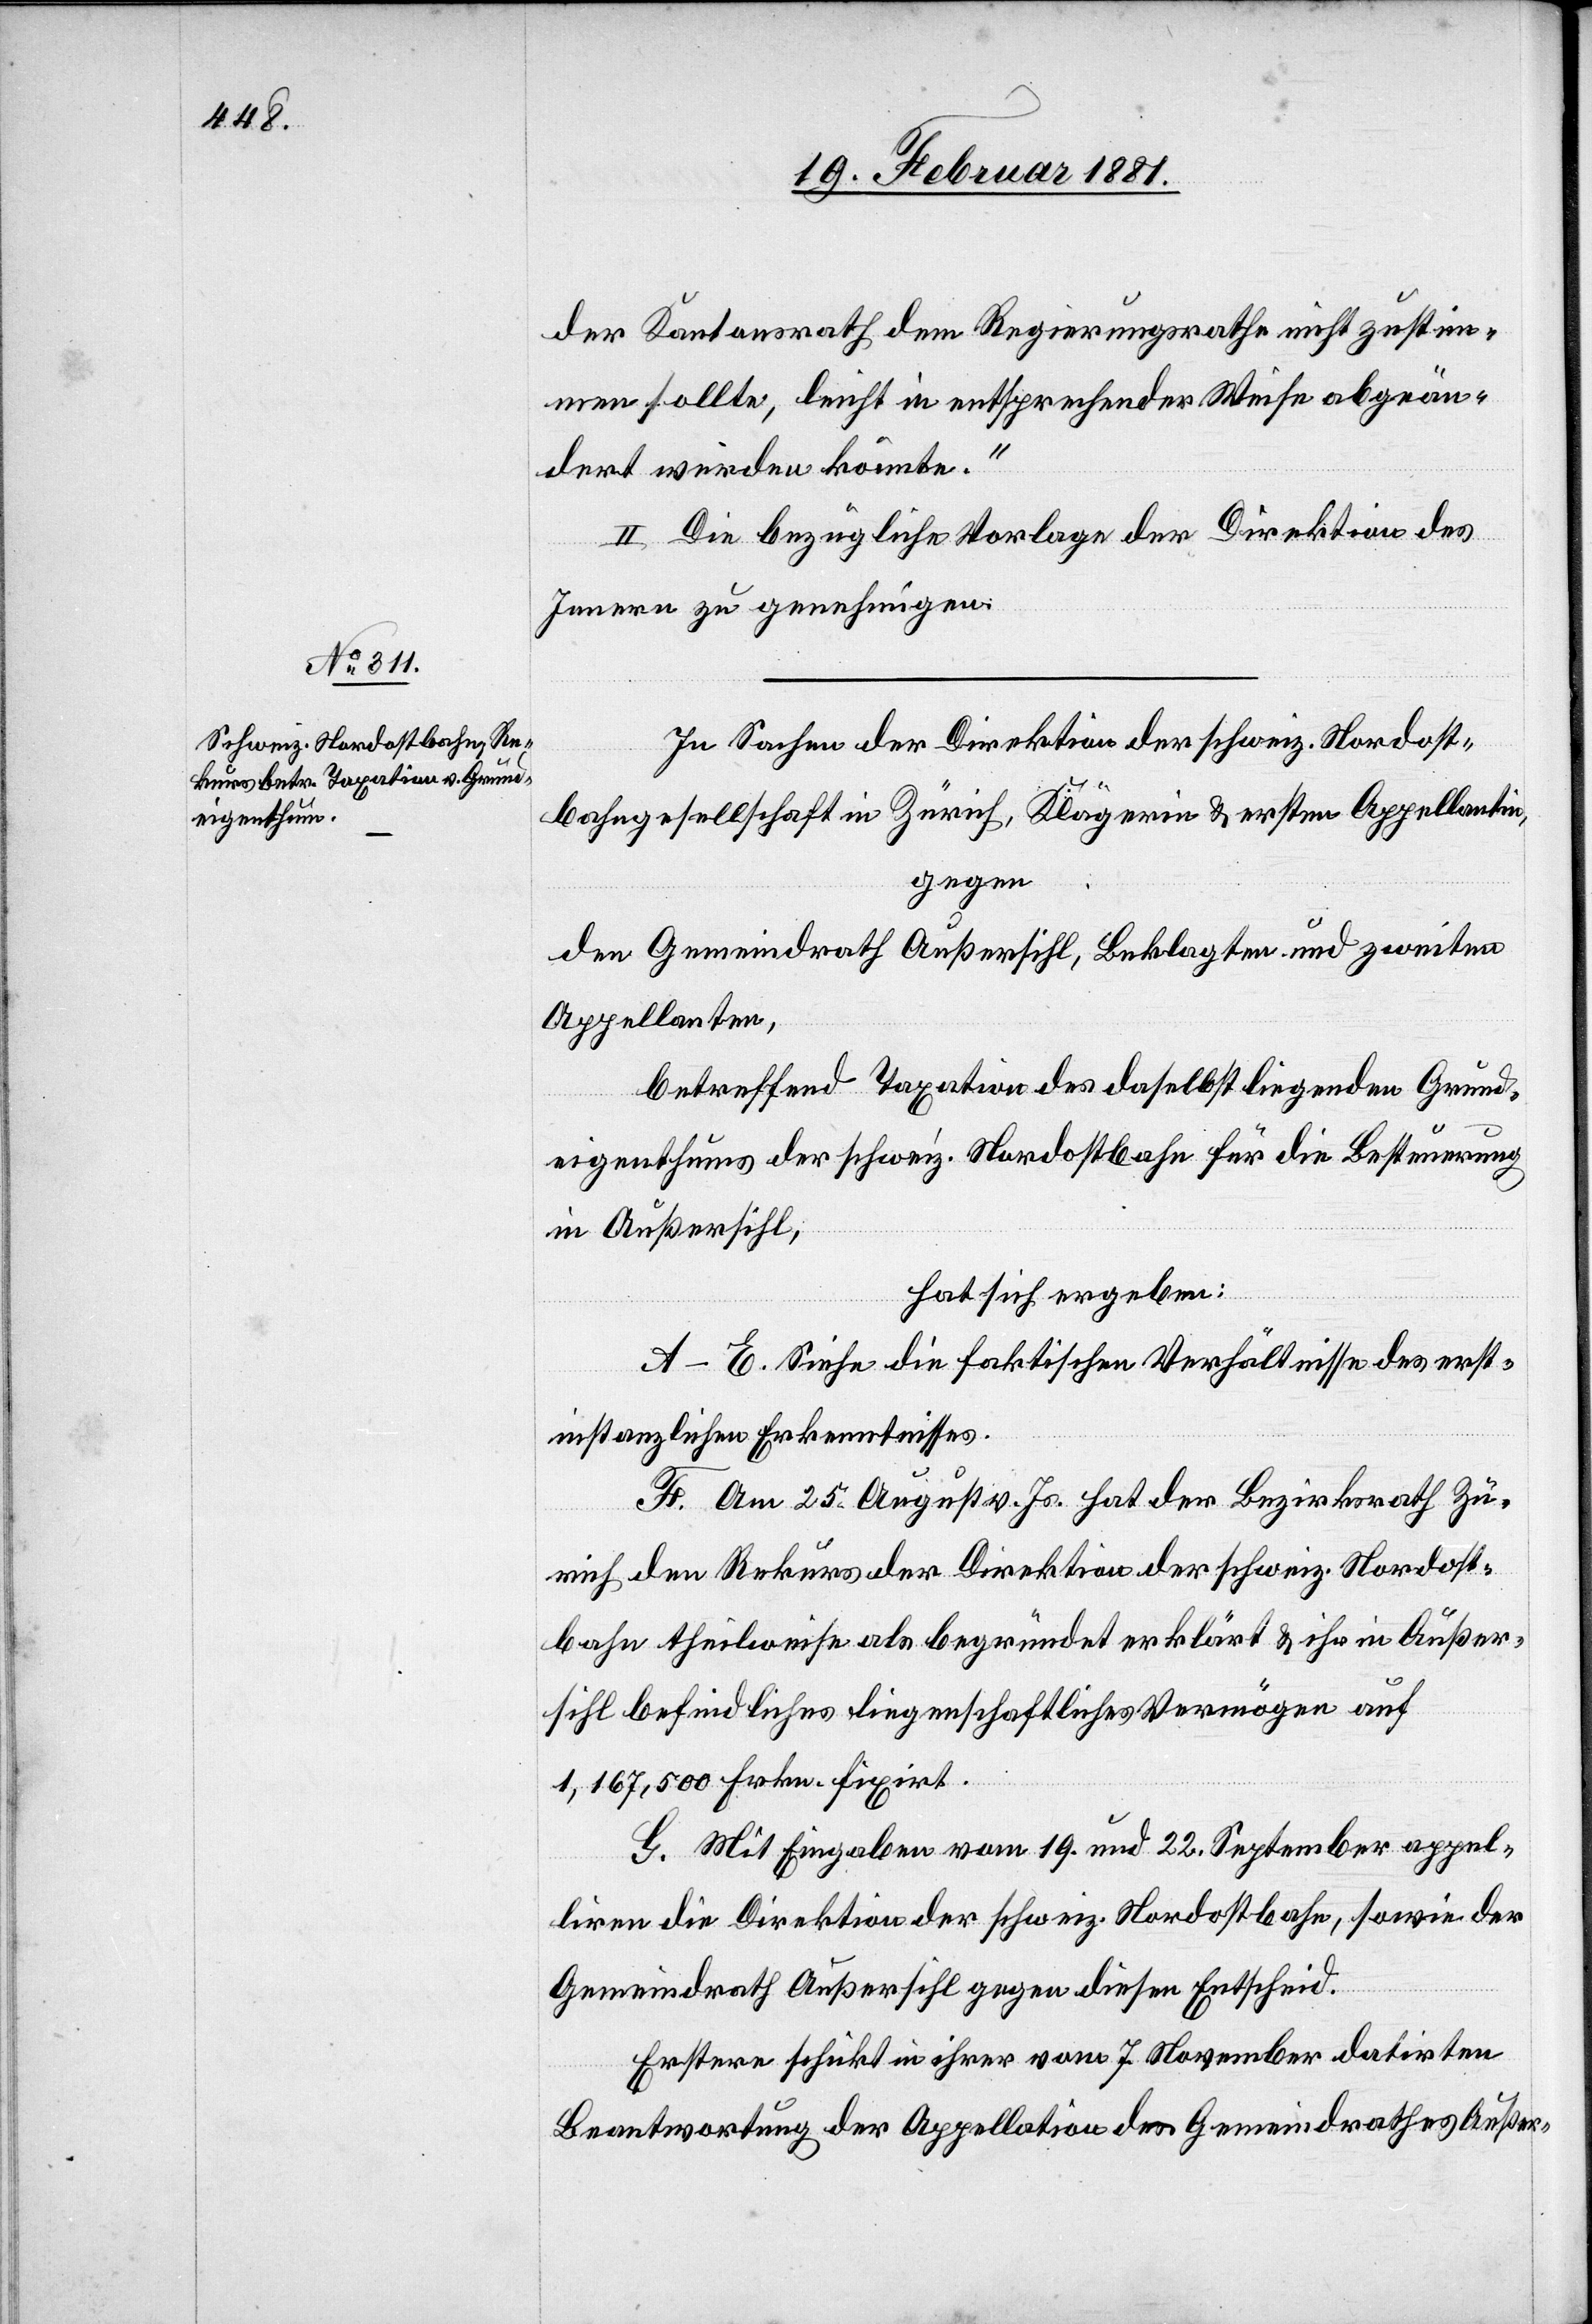
der Kantonsrath dem Regierungsrathe nicht zustim¬
men sollte, leicht in entsprechender Weise abgeän¬
dert werden könnte.“
II. Die bezügliche Vorlage der Direktion des
Innern zu genehmigen.
In Sachen der Direktion der schweiz. Nordost¬
bahngesellschaft in Zürich, Klägerin & ersten Appellantin,
gegen
den Gemeindrath Außersihl, Beklagten und zweiten
Appellanten,
betreffend Taxation des daselbst liegenden Grund¬
eigenthums der schweiz. Nordostbahn für die Besteuerung
in Außersihl,
hat sich ergeben:
A–E. Siehe die faktischen Verhältnisse des erst¬
instanzlichen Erkenntnisses.
F. Am 25. August v. Js. hat der Bezirksrath Zü¬
rich den Rekurs der Direktion der schweiz. Nordost¬
bahn theilweise als begründet erklärt & ihr in Außer¬
sihl befindliches liegenschaftliches Vermögen auf
1,167,500 Frkn. fixirt.
G. Mit Eingaben vom 19. und 22. September appel¬
liren die Direktion der schweiz. Nordostbahn, sowie der
Gemeindrath Außersihl gegen diesen Entscheid.
Erstere schickt in ihrer vom 7. November datirten
Beantwortung der Appellation des Gemeindrathes Außer-